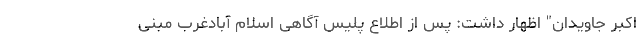
اکبر جاویدان" اظهار داشت: پس از اطلاع پلیس آگاهی اسلام آبادغرب مبنی